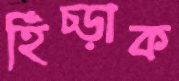
হিঁচ্‌ড়াক